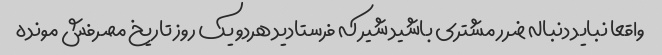
واقعا نباید دنباله ضرر مشتری باشید شیر که فرستادید هردو یک روز تاریخ مصرفش مونده